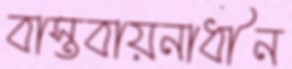
বাস্তবায়নাধীন